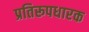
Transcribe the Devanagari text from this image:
प्रतिरूपधारक